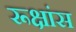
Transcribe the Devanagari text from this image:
रूक्षांस